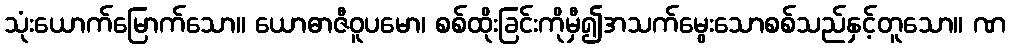
သုံးယောက်မြောက်သော။ ယောဓာဇီဝူပမော၊ စစ်ထိုးခြင်းကိုမှီ၍အသက်မွေးသောစစ်သည်နှင့်တူသော။ ဏ